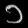
Digit: ၁